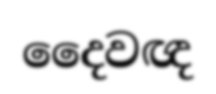
දෛවඥ